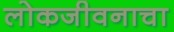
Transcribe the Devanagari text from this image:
लोकजीवनाचा